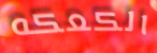
الكعكه